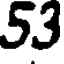
53